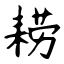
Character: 耢